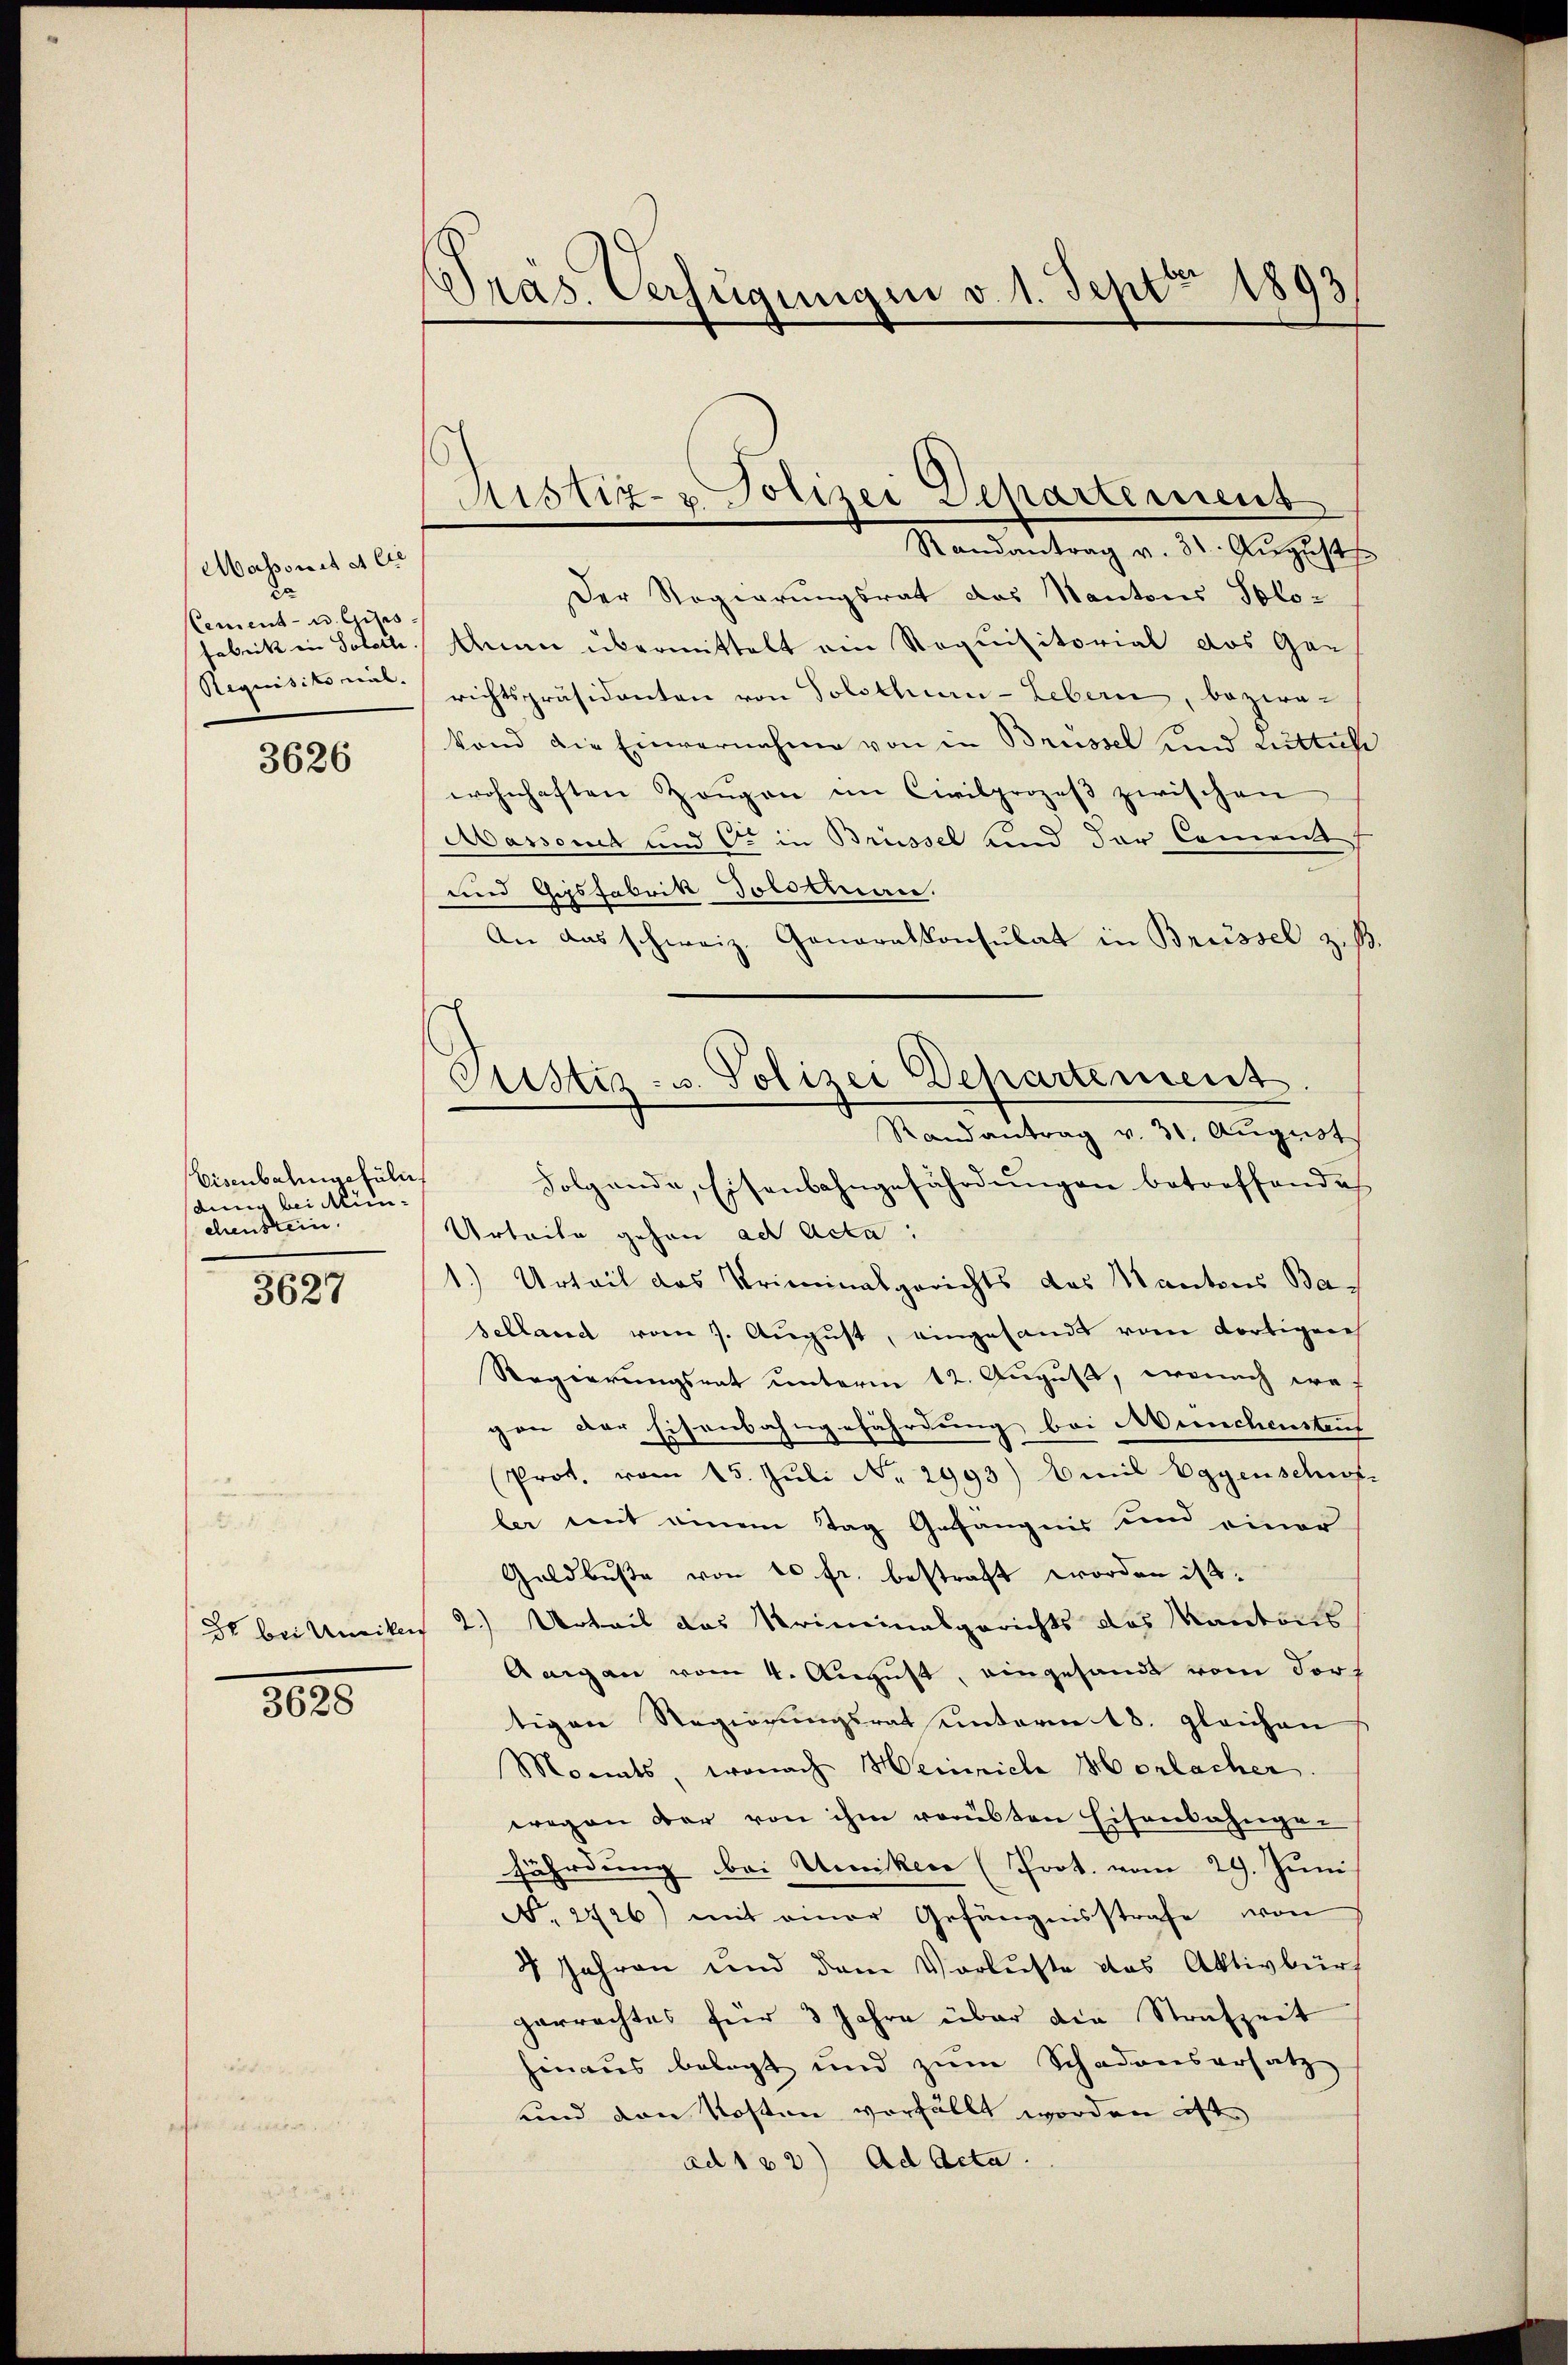
Masonst et Cts
2a
Cement- u. Gisis
Fabrik in Solotte
Requisitorial. |

3626

Eisenbahngefüli
din bei Mün-
chenstein.

3627

8000

Präs. Verfügungen v. 1. Sept 1893

Ristiz- & Polizei Departement
Randantrag v. 31. Aŭgust

Justiz- u. Polizei Departement
Randantrag v. 31. August

Der Regierungsrat das Kantons Solo-
Anna übermittelt ein Noquisitorial das Ger
richtspräsidenten von Solothur-Lebern, bezwekond die Einvernahme von in Brüssel und Luttiche
wohnhaften Zeŭgen im Civilprozeβ zwischen
Aassont und C. in Brüssel und der Coment
und Gasfabrik dolosman.
An das schweiz. Generalkonsulat in Brüssel z. B.
Folgende, Eisenbahngefährdungen betreffendes
Urteile gehen ad Acta.
1.) Urteil das Kriminalgerichts des Kantons Baselland vom 7. August, eingesandt vom dortigen
Regierungsrat unterm 12. August, wonach wes
von der Eisenbahngefährdung bei Münchenstauf
Prot. vom 15. Jŭli Nr. 2993) Amil Eggenschrof
ler mit einem Tag Gefängnis und einer
Geldbuße von 10 fr. bestraft worden ist.
d bei Amiker 2.) Urteil das Kriminalgerichts das Kantons
Aargau vom 4. August, eingesandt vom Fort
tigen Regierungsrat einterm 18. gleichen
Monats, wonach Heinrich Morlacher
wegen der von ihm verübten Eisenbahnge-
fährdung bei Umiker (Prot. vom 29. Juni
N 226) mit einer Gefängnisstrafe von
4 Jahren und dem Verluste das Aktivbürf
parrachtes für 3 Jahre über die Strafzeit
hinaus belegt und zum Schadensersatz
und den Kosten verhällt worden ist
ad 132) ad Acta.